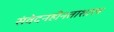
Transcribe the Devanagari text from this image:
संवेदनहीनताशास्त्र